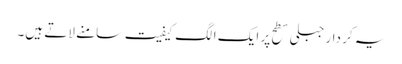
یہ کر دار جبلی سطح پر ایک الگ کیفیت سامنے لاتے ہیں۔